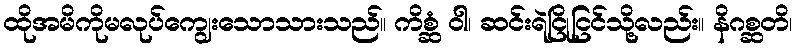
ထိုအမိကိုမလုပ်ကျွေးသောသားသည်။ ကိစ္ဆံ ဝါ၊ ဆင်းရဲငြိုငြင်သို့လည်း။ နိဂစ္ဆတိ၊